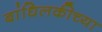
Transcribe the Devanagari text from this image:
बांधिलकीच्या